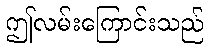
ဤလမ်းကြောင်းသည်